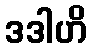
ဒဒါဟိ